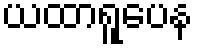
ယထာရူပေန